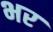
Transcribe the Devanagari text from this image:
भर